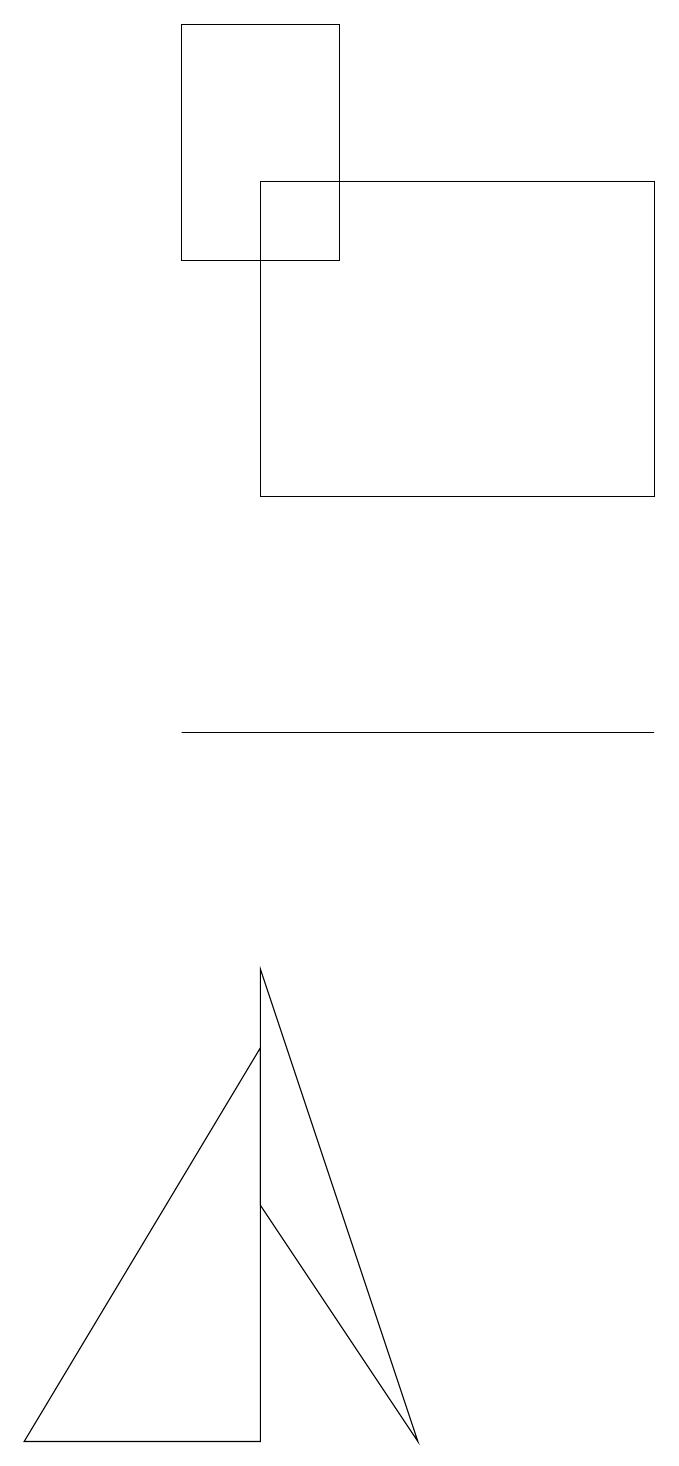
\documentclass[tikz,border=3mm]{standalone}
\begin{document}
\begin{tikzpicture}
\draw (3,16) rectangle (5,19);
\draw (9,17) rectangle (4,13);
\draw (4,4) -- (6,1) -- (4,7) -- cycle;
\draw (1,1) -- (4,1) -- (4,6) -- cycle;
\draw (9,10) rectangle (3,10);
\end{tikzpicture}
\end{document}